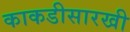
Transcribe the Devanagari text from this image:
काकडीसारखी